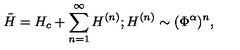
\tilde { H } = H _ { c } + \sum _ { n = 1 } ^ { \infty } H ^ { ( n ) } ; H ^ { ( n ) } \sim ( \Phi ^ { \alpha } ) ^ { n } ,